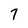
Character: 7